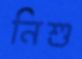
নিশু